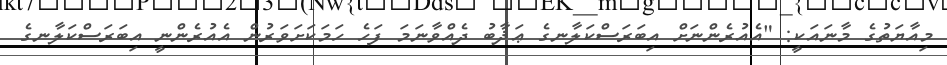
މިއާޔަތުގެ މާނައަކީ: "އެއުރެންނަށް އިބަރަސްކަލާނގެ ޢަޛާބު ދެއްވާނަމަ ފަހެ ހަމަކަށަވަރުން އެއުރެންނީ އިބަރަސްކަލާނގެ